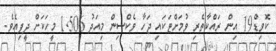
ކޮވިޑް19 އިން ރައްކާތެރި ވުމަށްޓަކައި ޖަހާ ވެކްސިން މިއަދު 1